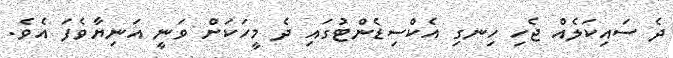
ދެ ސައިކަލެއް ޖެހި ހިނގި އެކްސިޑެންޓުގައި ދެ މީހަކަށް ވަނީ އަނިޔާވެފަ އެވެ.